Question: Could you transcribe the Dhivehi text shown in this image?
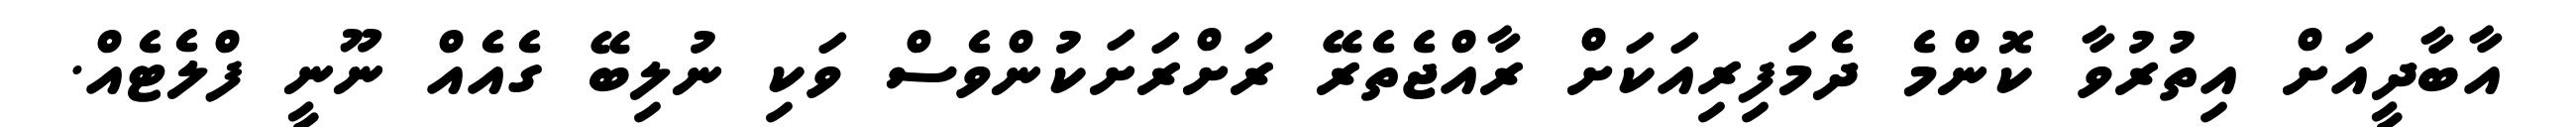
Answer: އާބާދީއަށް އިތުރުވާ ކޮންމެ ދެމަފިރިއަކަށް ރާއްޖެތެރޭ ރަށްރަށަކުންވެސް ވަކި ނުލިބޭ ގެއެއް ނޫނީ ފްލެޓެއް.